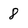
Character: 8